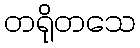
တရိုတသေ